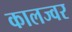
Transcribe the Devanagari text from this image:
कालज्वर